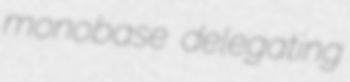
monobase delegating